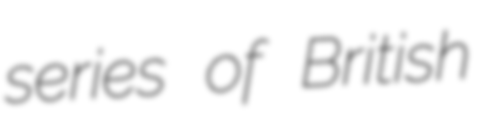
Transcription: series of British